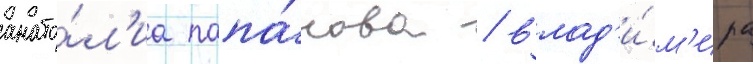
анато́л'иа папа́нова / влад'и́м'ира